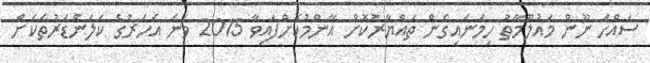
ސައްހަ ނޫން މައުލޫމާތު ހިމަނައިގެން ތައްޔާރުކޮށް އާންމުކޮށްފައިވާ 2015 ވަނަ އަހަރުގެ ކަލަންޑަރުތަކަށް